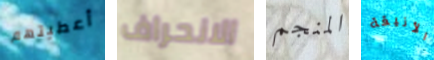
أعطيتهم الانحراف المنجم الأنيقة